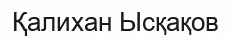
Қалихан Ысқақов